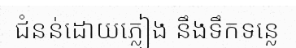
ជំនន់ដោយភ្លៀង នឹងទឹកទន្លេ